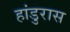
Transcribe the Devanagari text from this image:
हांडुरास